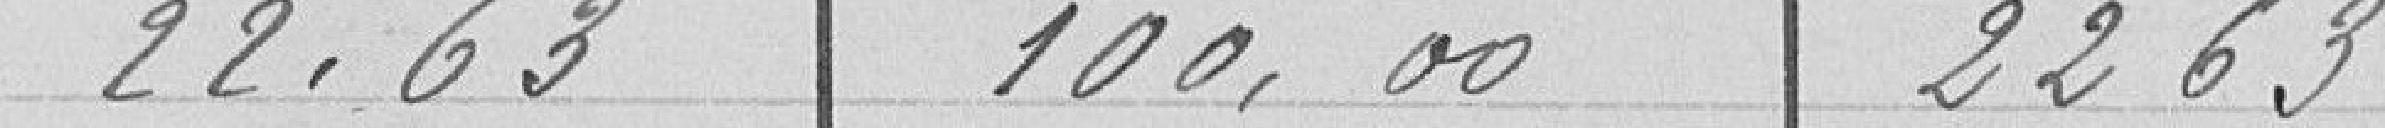
22,63  100,00   22,63